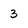
Character: 3